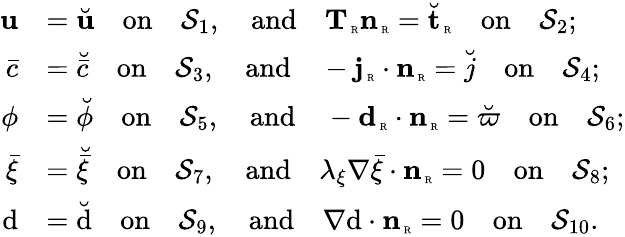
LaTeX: \begin{array}{rl}{{\mathbf u}}&{=\breve{{\mathbf u}}\quad\mathrm{on}\quad\mathcal{S}_{1},\quad\mathrm{and}\quad{\mathbf T}_{\mathrm{\tiny~R}}{\mathbf n}_{\mathrm{\tiny~R}}=\breve{{\mathbf t}}_{\mathrm{\tiny~R}}\quad\mathrm{on}\quad\mathcal{S}_{2};}\\ {\bar{c}}&{=\breve{\bar{c}}\quad\mathrm{on}\quad\mathcal{S}_{3},\quad\mathrm{and}\quad-{\mathbf j}_{\mathrm{\tiny~R}}\cdot{\mathbf n}_{\mathrm{\tiny~R}}=\breve{j}\quad\mathrm{on}\quad\mathcal{S}_{4};}\\ {\phi}&{=\breve{\phi}\quad\mathrm{on}\quad\mathcal{S}_{5},\quad\mathrm{and}\quad-\textbf{d}_{\mathrm{\tiny~R}}\cdot{\mathbf n}_{\mathrm{\tiny~R}}=\breve{\varpi}\quad\mathrm{on}\quad\mathcal{S}_{6};}\\ {\bar{\xi}}&{=\breve{\bar{\xi}}\quad\mathrm{on}\quad\mathcal{S}_{7},\quad\mathrm{and}\quad\lambda_{\xi}\nabla\bar{\xi}\cdot{\mathbf n}_{\mathrm{\tiny~R}}=0\quad\mathrm{on}\quad\mathcal{S}_{8};}\\ {\mathrm{d}}&{=\breve{\mathrm{d}}\quad\mathrm{on}\quad\mathcal{S}_{9},\quad\mathrm{and}\quad{\nabla\mathrm{d}}\cdot{\mathbf n}_{\mathrm{\tiny~R}}=0\quad\mathrm{on}\quad\mathcal{S}_{10}.}\end{array}